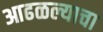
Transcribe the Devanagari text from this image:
आढळल्याचा